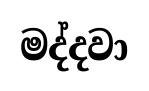
මද්දවා